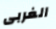
الغربى